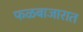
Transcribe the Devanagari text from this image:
फळबाजारात